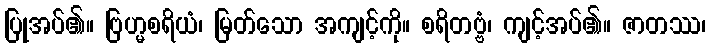
ပြုအပ်၏။ ဗြဟ္မစရိယံ၊ မြတ်သော အကျင့်ကို။ စရိတဗ္ဗံ၊ ကျင့်အပ်၏။ ဇာတဿ၊